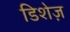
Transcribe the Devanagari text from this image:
डिशेज़